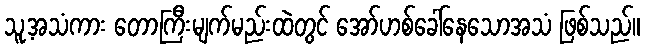
သူ့အသံကား တောကြီးမျက်မည်းထဲတွင် အော်ဟစ်ခေါ်နေသောအသံ ဖြစ်သည်။